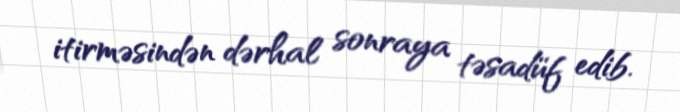
itirməsindən dərhal sonraya təsadüf edib.